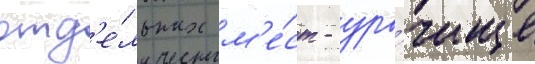
отд'е́льных м'е́ст - уро́чище